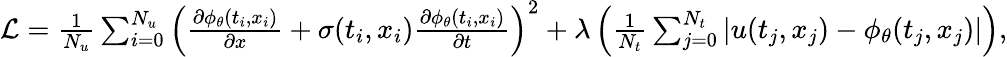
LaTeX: \begin{array}{r}{\mathcal{L}=\frac{1}{N_{u}}\sum_{i=0}^{N_{u}}\left(\frac{\partial\phi_{\theta}(t_{i},x_{i})}{\partial x}+\sigma(t_{i},x_{i})\frac{\partial\phi_{\theta}(t_{i},x_{i})}{\partial t}\right)^{2}+\lambda\left(\frac{1}{N_{t}}\sum_{j=0}^{N_{t}}|u(t_{j},x_{j})-\phi_{\theta}(t_{j},x_{j})|\right),}\end{array}